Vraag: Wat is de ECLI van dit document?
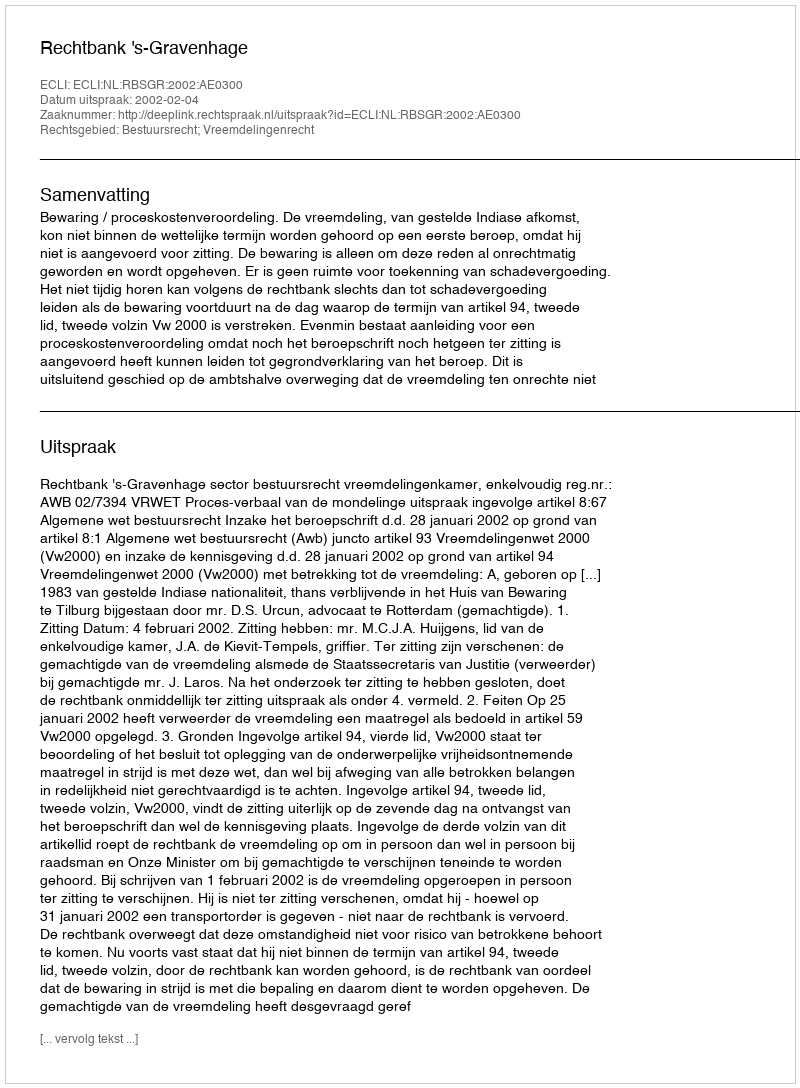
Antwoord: ECLI:NL:RBSGR:2002:AE0300